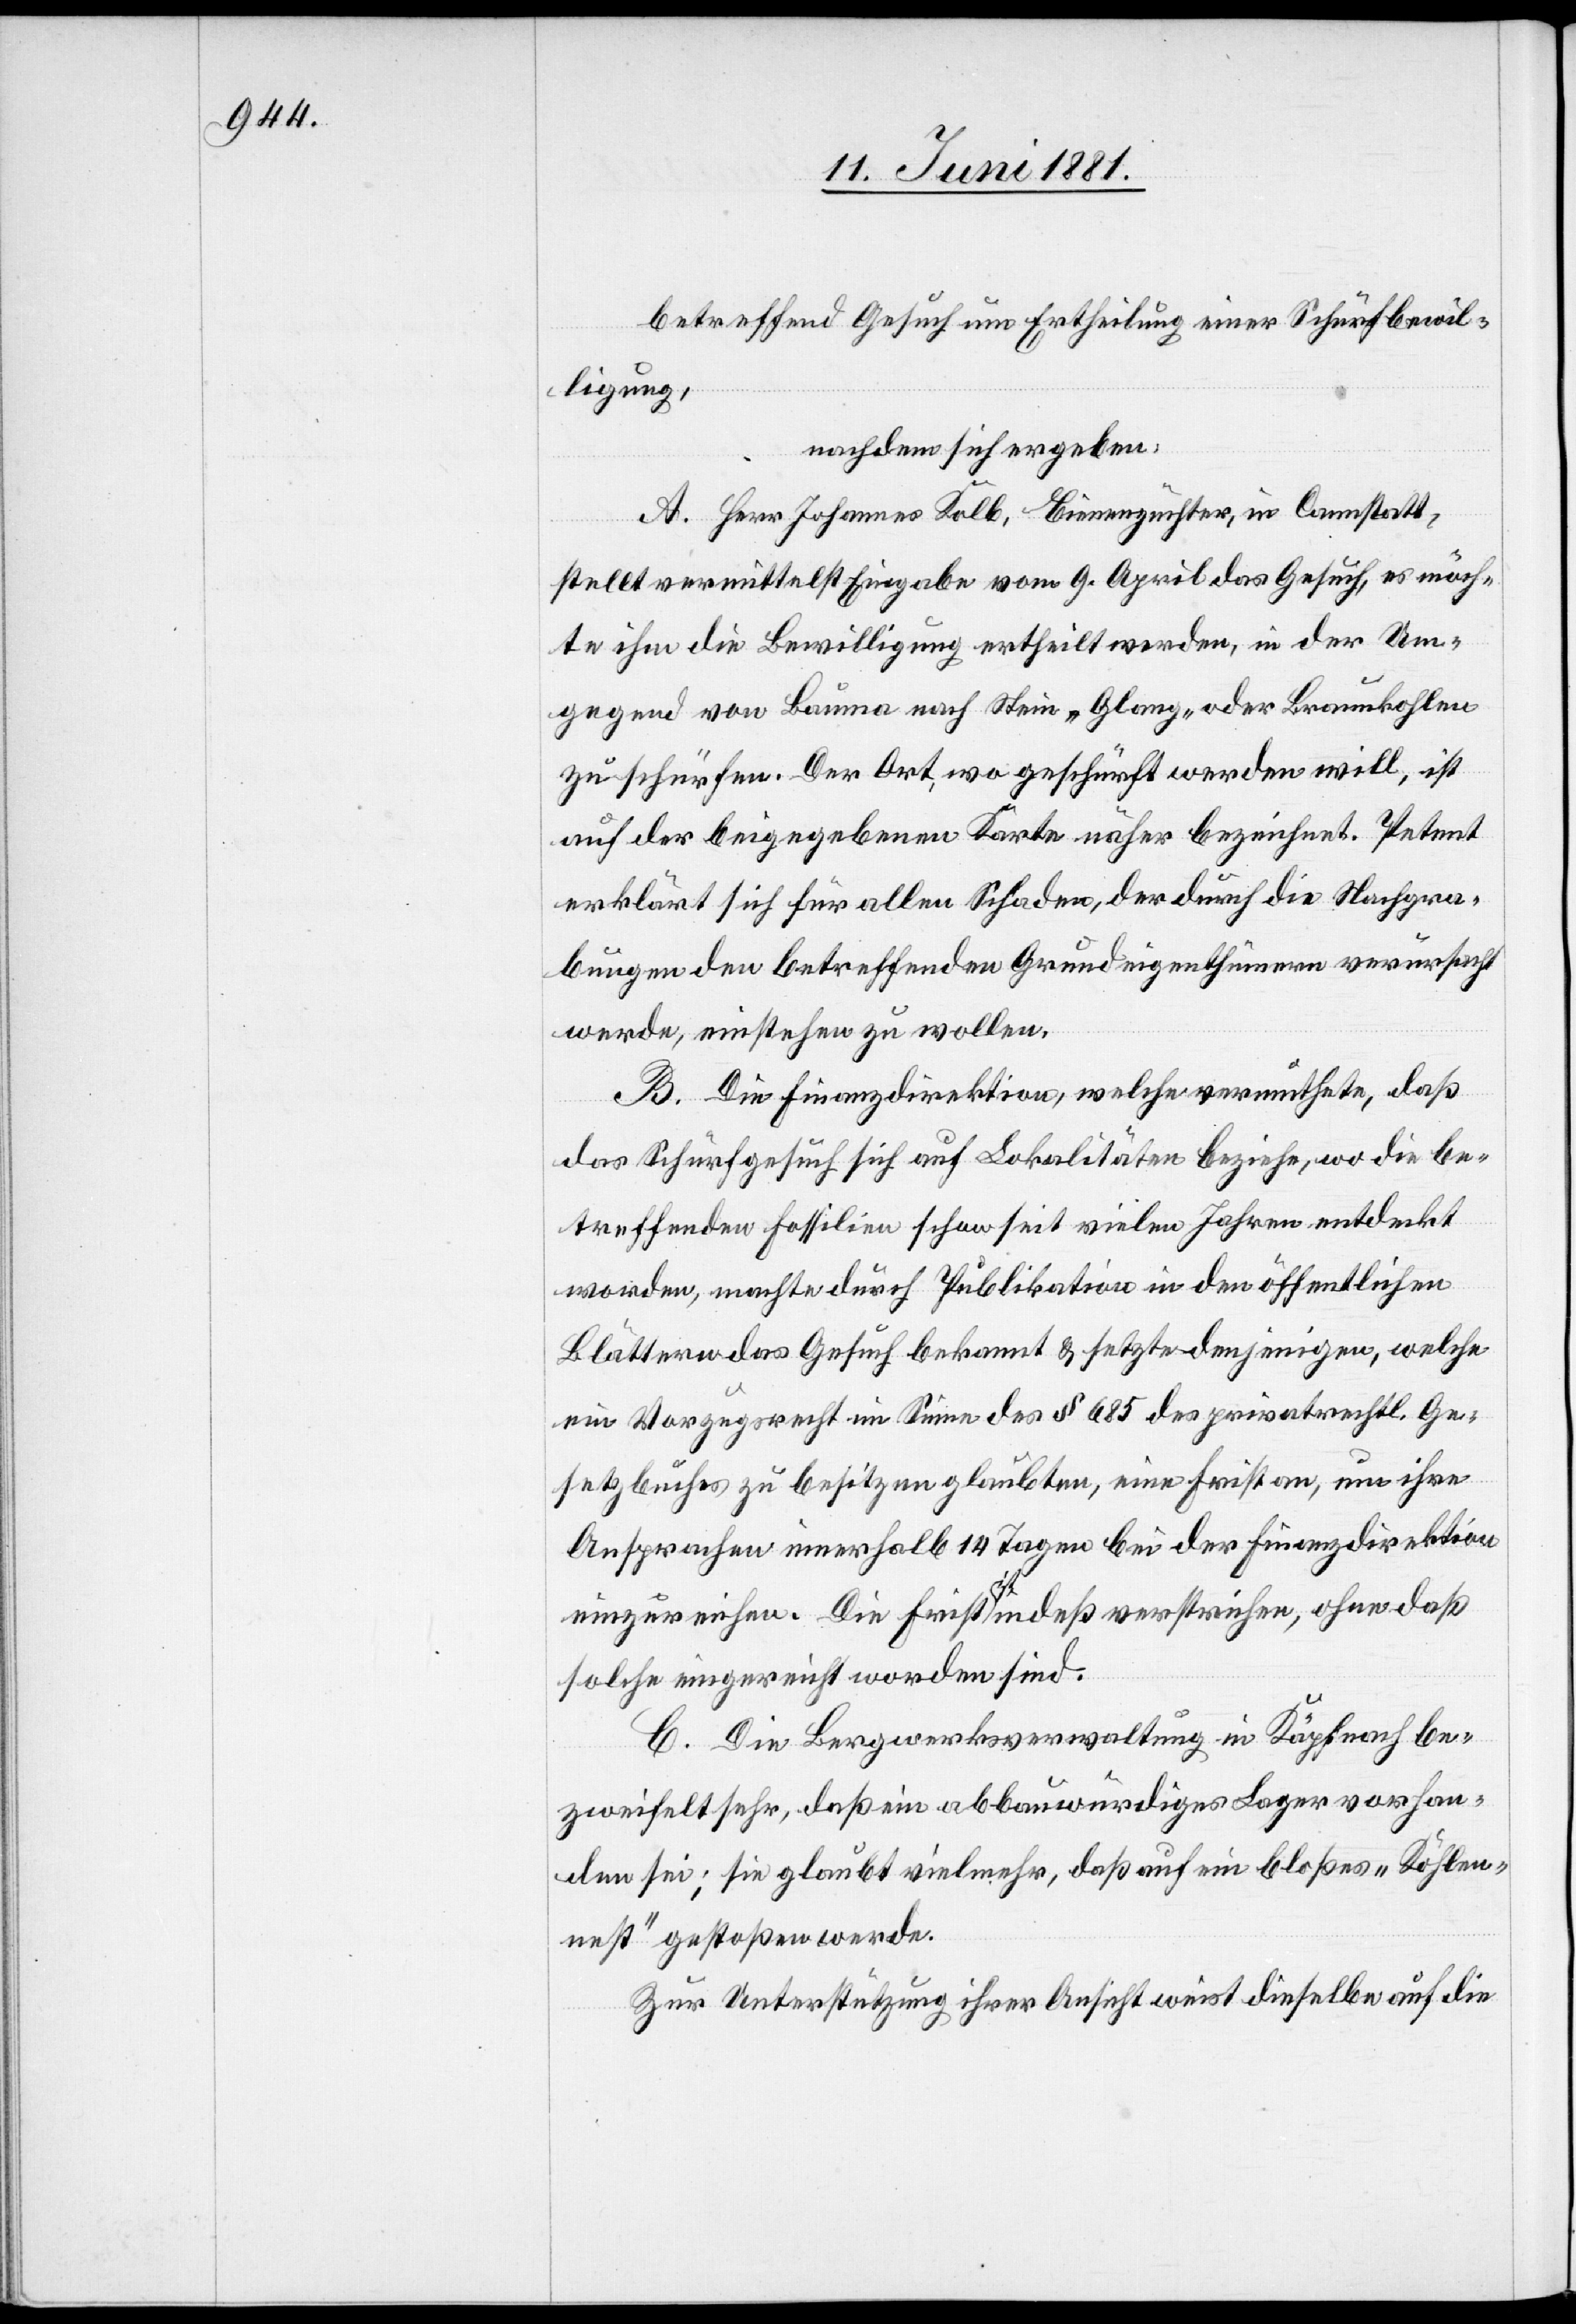
betreffend Gesuch um Ertheilung einer Schürfbewil¬
ligung,
nachdem sich ergeben:
A. Herr Johannes Kolb, Bienenzüchter, in Cannstatt,
stellt vermittelst Eingabe vom 9. April das Gesuch, es möch¬
te ihm die Bewilligung ertheilt werden, in der Um¬
gegend von Bauma nach Stein „Glang“ oder Braunkohlen
zu schürfen. Der Ort, wo geschürft werden will, ist
auf der beigegebenen Karte näher bezeichnet. Petent
erklärt sich für allen Schaden, der durch die Nachgra¬
bungen den betreffenden Grundeigenthümern verursacht
werde, einstehen zu wollen.
B. Die Finanzdirektion, welche vermuthete, daß
das Schürfgesuch sich auf Lokalitäten beziehe, wo die be¬
treffenden Fossilien schon seit vielen Jahren entdeckt
worden, machte durch Publikation in den öffentlichen
Blättern das Gesuch bekannt & setzte denjenigen, welche
ein Vorzugsrecht im Sinne des § 685 des privatrechtl. Ge¬
setzbuches zu besitzen glaubten, eine Frist an, um ihre
Ansprachen innerhalb 14 Tagen bei der Finanzdirektion
einzureichen. Die Frist ist indeß verstrichen, ohne daß
solche eingereicht worden sind.
C. Die Bergwerksverwaltung in Käpfnach be¬
zweifelt sehr, daß ein abbauwürdiges Lager vorhan¬
den sei; sie glaubt vielmehr, daß auf ein bloßes „Kohlen¬
nest“ gestoßen werde.
Zur Unterstützung ihrer Ansicht weist dieselbe auf die